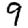
Digit: 9